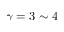
\gamma = 3 \sim 4